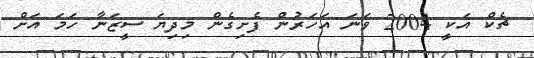
ޗެކް އަކީ 2004 ވަނަ އަހަރުން ފެށިގެން މިދިޔަ ސީޒަނާ ހަމަ އަށް